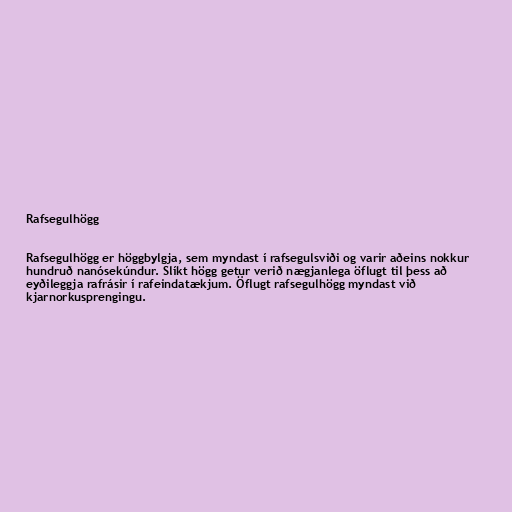
Rafsegulhögg

Rafsegulhögg er höggbylgja, sem myndast í rafsegulsviði og varir aðeins nokkur
hundruð nanósekúndur. Slíkt högg getur verið nægjanlega öflugt til þess að
eyðileggja rafrásir í rafeindatækjum. Öflugt rafsegulhögg myndast við
kjarnorkusprengingu.